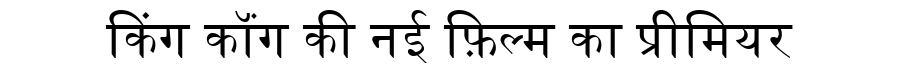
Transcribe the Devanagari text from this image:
किंग कॉंग की नई फ़िल्म का प्रीमियर